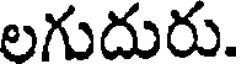
లగుదురు.